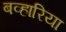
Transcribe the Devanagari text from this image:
बव्हारिया